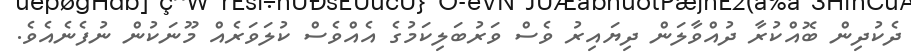
ދެކުދިން ބޮއްކުރާ ދުއްވާލަން ދިޔައިރު ވެސް ވަރުބަލިކަމުގެ އެއްވެސް ކުލަވަރެއް މޫނަކުން ނުފެނެއެވެ.